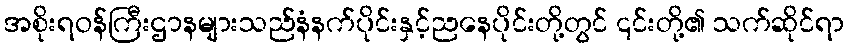
အစိုးရဝန်ကြီးဌာနများသည်နံနက်ပိုင်းနှင့်ညနေပိုင်းတို့တွင် ၎င်းတို့၏ သက်ဆိုင်ရာ